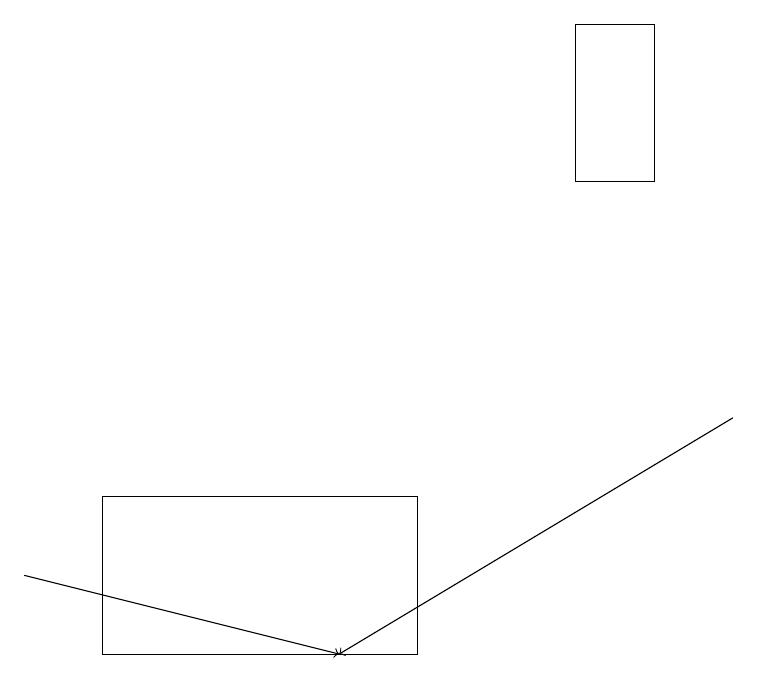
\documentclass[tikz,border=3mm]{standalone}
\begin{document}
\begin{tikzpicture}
\draw[->] (0,11) -- (4,10);
\draw (5,10) rectangle (1,12);
\draw (8,18) rectangle (7,16);
\draw[->] (9,13) -- (4,10);
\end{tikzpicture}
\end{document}